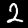
Digit: 2